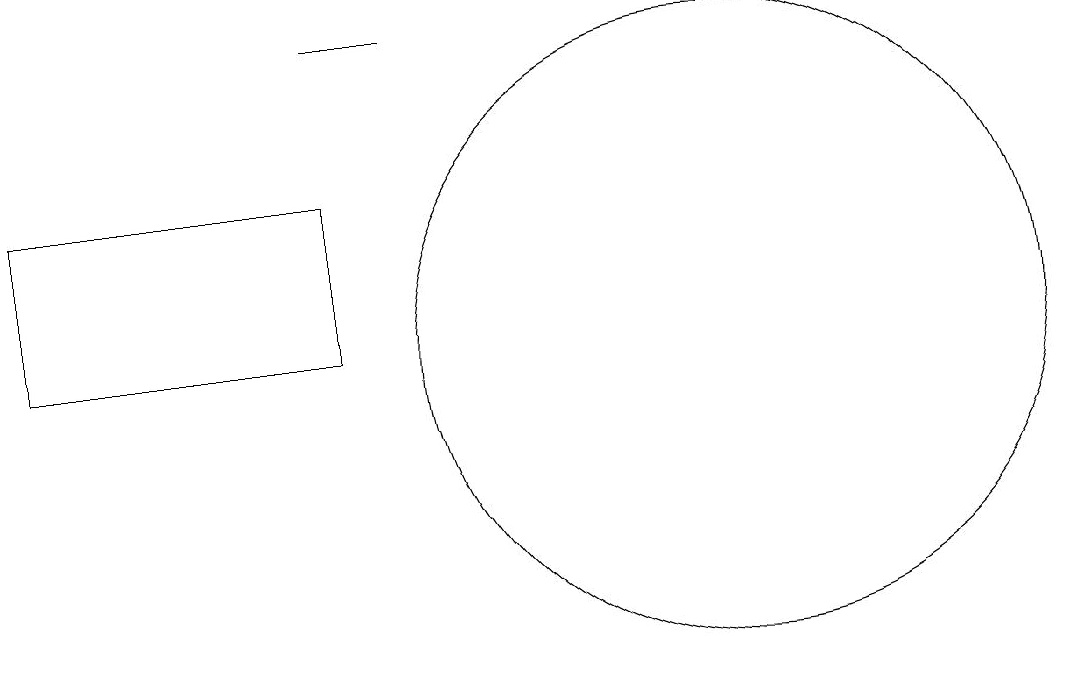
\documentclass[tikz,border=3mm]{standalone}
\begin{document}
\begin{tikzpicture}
\draw (10,11) circle (4);
\draw (5,11) rectangle (1,13);
\draw (6,15) rectangle (5,15);
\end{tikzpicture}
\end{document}